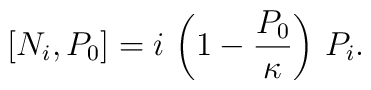
\left[N_{i},P_{0}\right] = i\, \left( 1 - {P_0\over \kappa}\right)\,P_{i}.